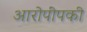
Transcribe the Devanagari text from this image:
आरोपींपकी